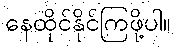
နေထိုင်နိုင်ကြဖို့ပါ။